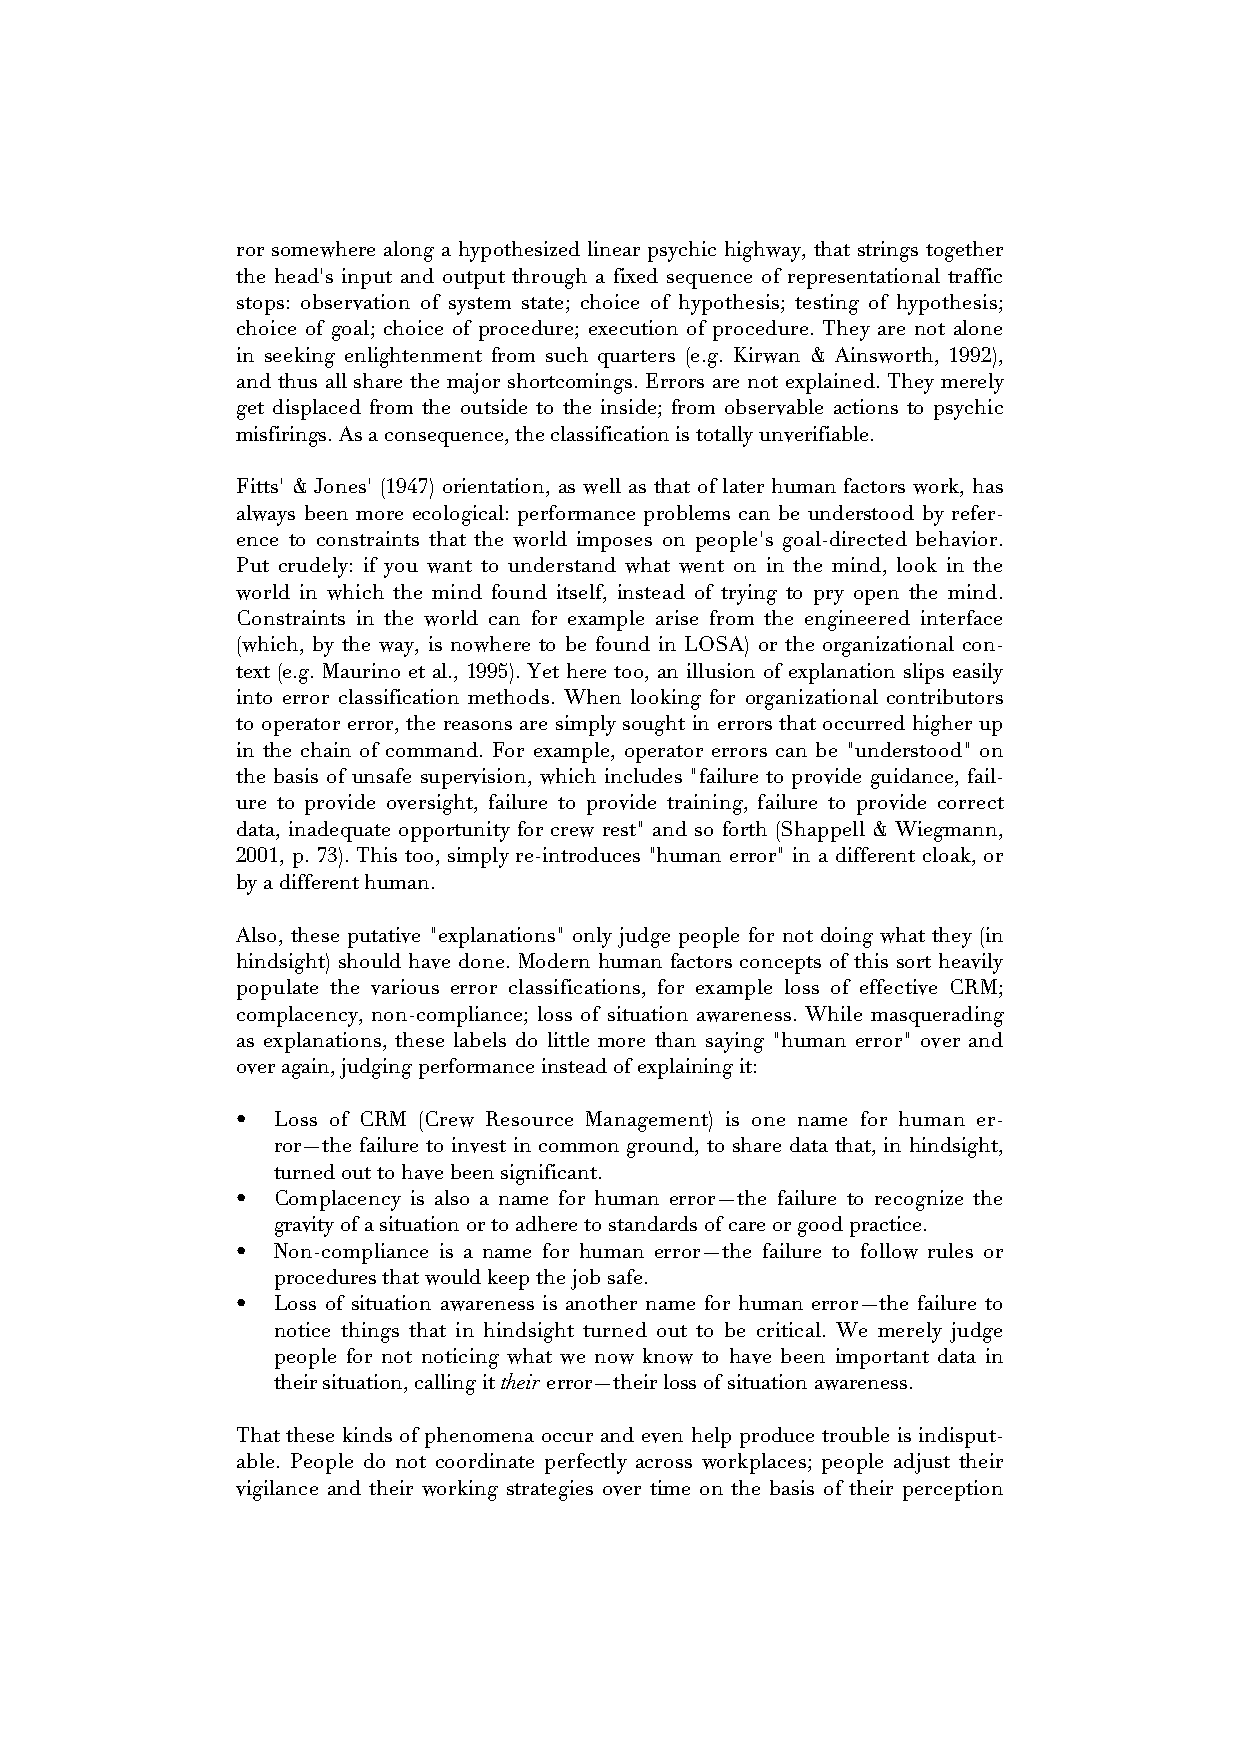
ror somewhere along a hypothesized linear psychic highway, that strings together
 the head's input and output through a fixed sequence of representational traffic
 stops: observation of system state; choice of hypothesis; testing of hypothesis;
 choice of goal; choice of procedure; execution of procedure. They are not alone
 in seeking enlightenment from such quarters (e.g. Kirwan & Ainsworth, 1992),
 and thus all share the major shortcomings. Errors are not explained. They merely
 get displaced from the outside to the inside; from observable actions to psychic
 misfirings. As a consequence, the classification is totally unverifiable.
 Fitts' & Jones' (1947) orientation, as well as that of later human factors work, has
 always been more ecological: performance problems can be understood by refer-
 ence to constraints that the world imposes on people's goal-directed behavior.
 Put crudely: if you want to understand what went on in the mind, look in the
 world in which the mind found itself, instead of trying to pry open the mind.
 Constraints in the world can for example arise from the engineered interface
 (which, by the way, is nowhere to be found in LOSA) or the organizational con-
 text (e.g. Maurino et al., 1995). Yet here too, an illusion of explanation slips easily
 into error classification methods. When looking for organizational contributors
 to operator error, the reasons are simply sought in errors that occurred higher up
 in the chain of command. For example, operator errors can be "understood" on
 the basis of unsafe supervision, which includes "failure to provide guidance, fail-
 ure to provide oversight, failure to provide training, failure to provide correct
 data, inadequate opportunity for crew rest" and so forth (Shappell & Wiegmann,
 2001, p. 73). This too, simply re-introduces "human error" in a different cloak, or
 by a different human.
 Also, these putative "explanations" only judge people for not doing what they (in
 hindsight) should have done. Modern human factors concepts of this sort heavily
 populate the various error classifications, for example loss of effective CRM;
 complacency, non-compliance; loss of situation awareness. While masquerading
 as explanations, these labels do little more than saying "human error" over and
 over again, judging performance instead of explaining it:
 • Loss of CRM (Crew Resource Management) is one name for human er-
 ror—the failure to invest in common ground, to share data that, in hindsight,
 turned out to have been significant.
 • Complacency is also a name for human error—the failure to recognize the
 gravity of a situation or to adhere to standards of care or good practice.
 • Non-compliance is a name for human error—the failure to follow rules or
 procedures that would keep the job safe.
 • Loss of situation awareness is another name for human error—the failure to
 notice things that in hindsight turned out to be critical. We merely judge
 people for not noticing what we now know to have been important data in
 their situation, calling it their error—their loss of situation awareness.
 That these kinds of phenomena occur and even help produce trouble is indisput-
 able. People do not coordinate perfectly across workplaces; people adjust their
 vigilance and their working strategies over time on the basis of their perception